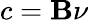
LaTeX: c=\mathbf{B}\nu